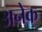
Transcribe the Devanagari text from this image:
अनेेक